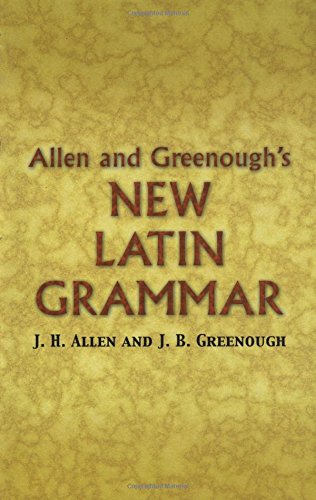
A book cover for Allen and Greenough's New Latin Grammar (Dover Language Guides); James B Greenough; Literature & Fiction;